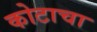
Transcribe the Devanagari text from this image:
कोटाचा